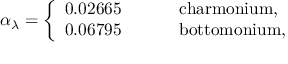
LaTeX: \alpha _ { \lambda } = \left\{ \begin{array} { l l } { { 0 . 0 2 6 6 5 ~ ~ ~ ~ ~ ~ ~ } } & { { \mathrm { c h a r m o n i u m , } } } \\ { { 0 . 0 6 7 9 5 ~ ~ ~ ~ } } & { { \mathrm { b o t t o m o n i u m , } } } \end{array} \right.